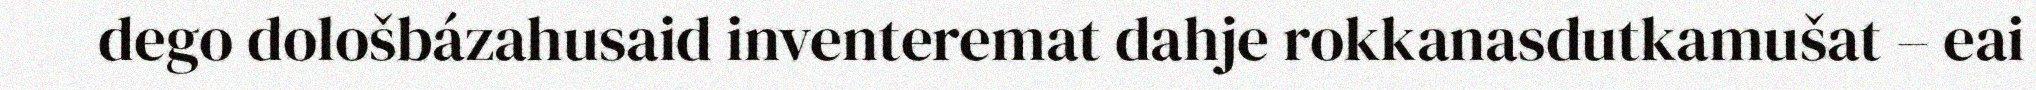
dego dološbázahusaid inventeremat dahje rokkanasdutkamušat – eai